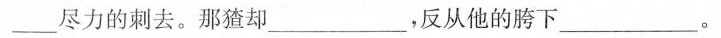
___尽力的刺去。那猹却___，反从他的胯下___。